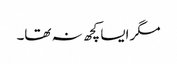
مگر ایسا کچھ نہ تھا۔